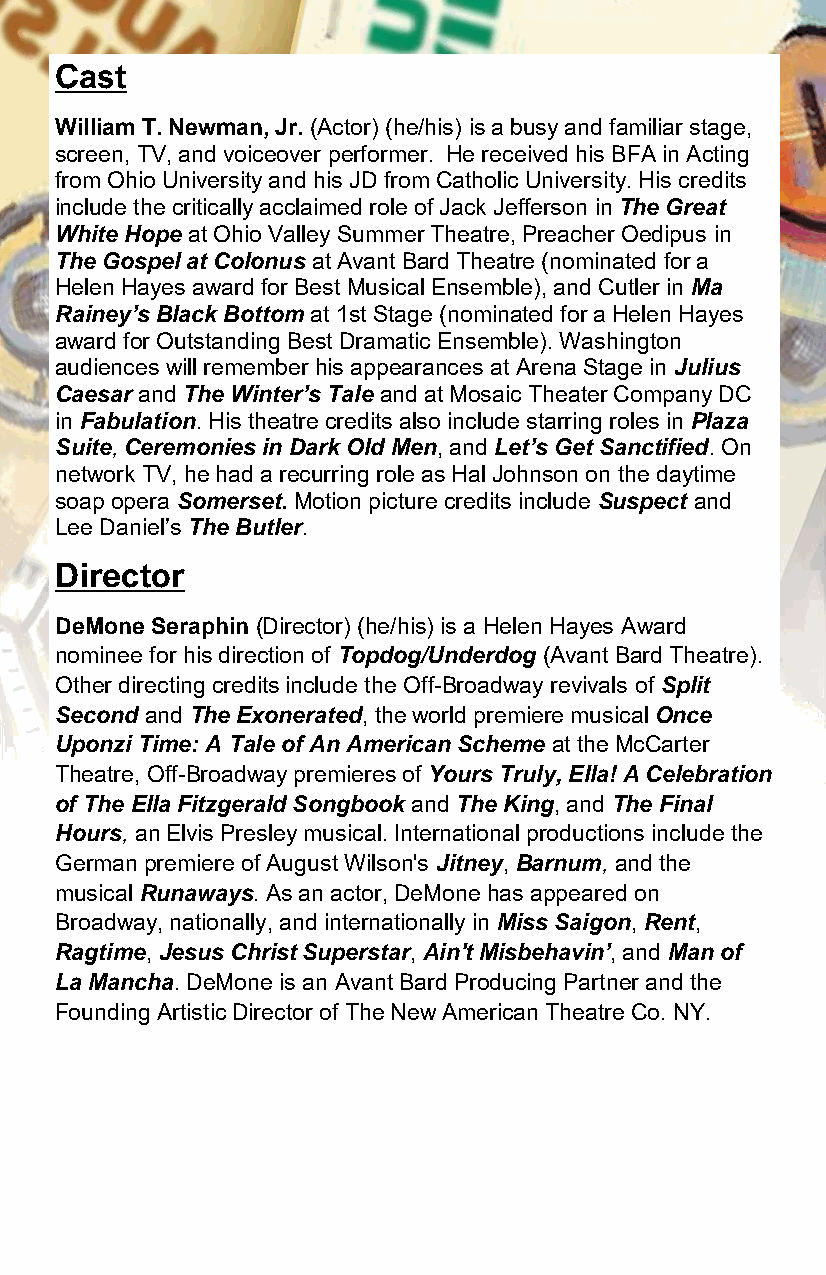
Cast
 William T. Newman, Jr. (Actor) (he/his) is a busy and familiar stage,
 screen, TV, and voiceover performer. He received his BFA in Acting
 from Ohio University and his JD from Catholic University. His credits
 include the critically acclaimed role of Jack Jefferson in The Great
 White Hope at Ohio Valley Summer Theatre, Preacher Oedipus in
 The Gospel at Colonus at Avant Bard Theatre (nominated for a
 Helen Hayes award for Best Musical Ensemble), and Cutler in Ma
 Rainey’s Black Bottom at 1st Stage (nominated for a Helen Hayes
 award for Outstanding Best Dramatic Ensemble). Washington
 audiences will remember his appearances at Arena Stage in Julius
 Caesar and The Winter’s Tale and at Mosaic Theater Company DC
 in Fabulation. His theatre credits also include starring roles in Plaza
 Suite, Ceremonies in Dark Old Men, and Let’s Get Sanctified. On
 network TV, he had a recurring role as Hal Johnson on the daytime
 soap opera Somerset. Motion picture credits include Suspect and
 Lee Daniel’s The Butler.
 Director
 DeMone Seraphin (Director) (he/his) is a Helen Hayes Award
 nominee for his direction of Topdog/Underdog (Avant Bard Theatre).
 Other directing credits include the Off-Broadway revivals of Split
 Second and The Exonerated, the world premiere musical Once
 Uponzi Time: A Tale of An American Scheme at the McCarter
 Theatre, Off-Broadway premieres of Yours Truly, Ella! A Celebration
 of The Ella Fitzgerald Songbook and The King, and The Final
 Hours, an Elvis Presley musical. International productions include the
 German premiere of August Wilson's Jitney, Barnum, and the
 musical Runaways. As an actor, DeMone has appeared on
 Broadway, nationally, and internationally in Miss Saigon, Rent,
 Ragtime, Jesus Christ Superstar, Ain't Misbehavin’, and Man of
 La Mancha. DeMone is an Avant Bard Producing Partner and the
 Founding Artistic Director of The New American Theatre Co. NY.